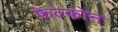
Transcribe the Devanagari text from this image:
फेल्कोन